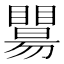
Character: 𥌖